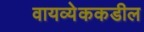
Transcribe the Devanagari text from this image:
वायव्येककडील